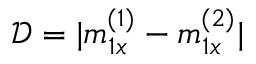
\mathcal { D } = | m _ { 1 x } ^ { ( 1 ) } - m _ { 1 x } ^ { ( 2 ) } |